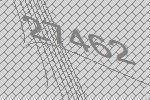
27462